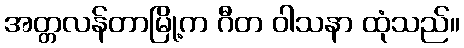
အတ္တလန်တာမြို့က ဂီတ ဝါသနာ ထုံသည်။